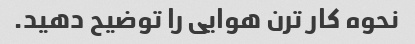
نحوه کار ترن هوایی را توضیح دهید.